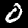
Digit: 0